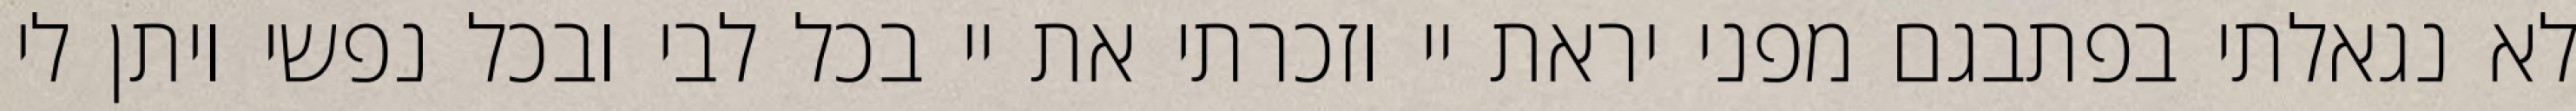
לא נגאלתי בפתבגם מפני יראת יי וזכרתי את יי בכל לבי ובכל נפשי ויתן לי